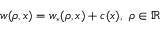
\begin{array} { r } { w ( \rho , x ) = w _ { \ast } ( \rho , x ) + c ( x ) , \ \rho \in \mathbb { R } } \end{array}